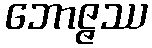
ဘောဇ္ဇဿ